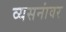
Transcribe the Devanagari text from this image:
व्यसनांवर